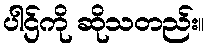
ပါဌ်ကို ဆိုသတည်း။